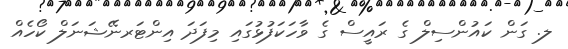
ލ. ގަން ކައުންސިލް ގެ ރައީސް ގެ ވާހަކަފުޅުގައި މިފަދަ އިންޓަރނޭޝަނަލް ކޯހެއް